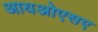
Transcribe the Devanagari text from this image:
आयओएसए